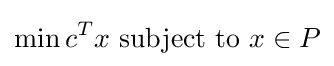
\min c^{T}x{\text{ subject to }}x\in P